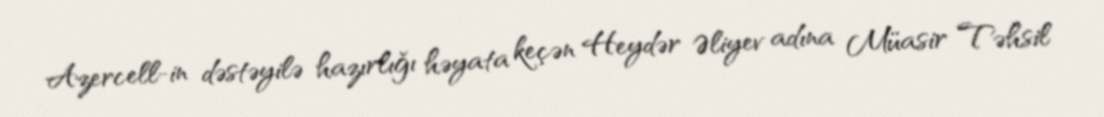
Azercell-in dəstəyilə hazırlığı həyata keçən Heydər Əliyev adına Müasir Təhsil